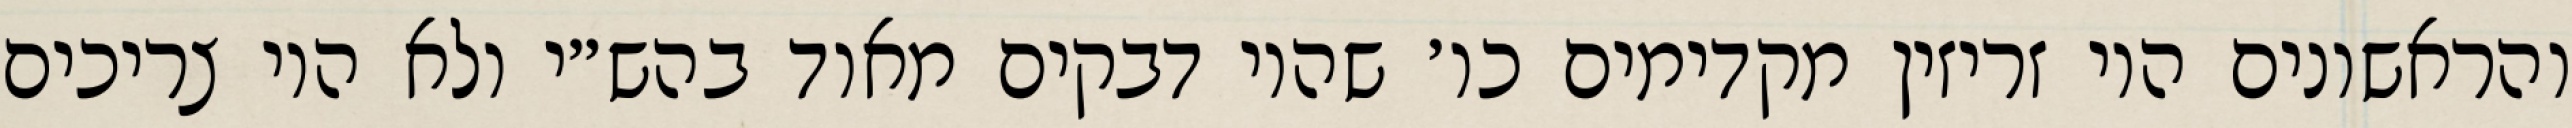
והראשונים היו זריזין מקדימים כו׳ שהיו דבקים מאוד בהש״י ולא היו צריכים